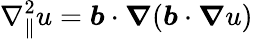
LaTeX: \nabla_{\parallel}^{2}u=\boldsymbol{b}\cdot\boldsymbol{\nabla}(\boldsymbol{b}\cdot\boldsymbol{\nabla}u)